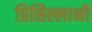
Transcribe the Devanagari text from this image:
प्रिसिल्लानी